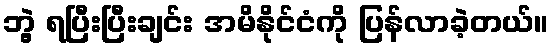
ဘွဲ့ ရပြီးပြီးချင်း အမိနိုင်ငံကို ပြန်လာခဲ့တယ်။